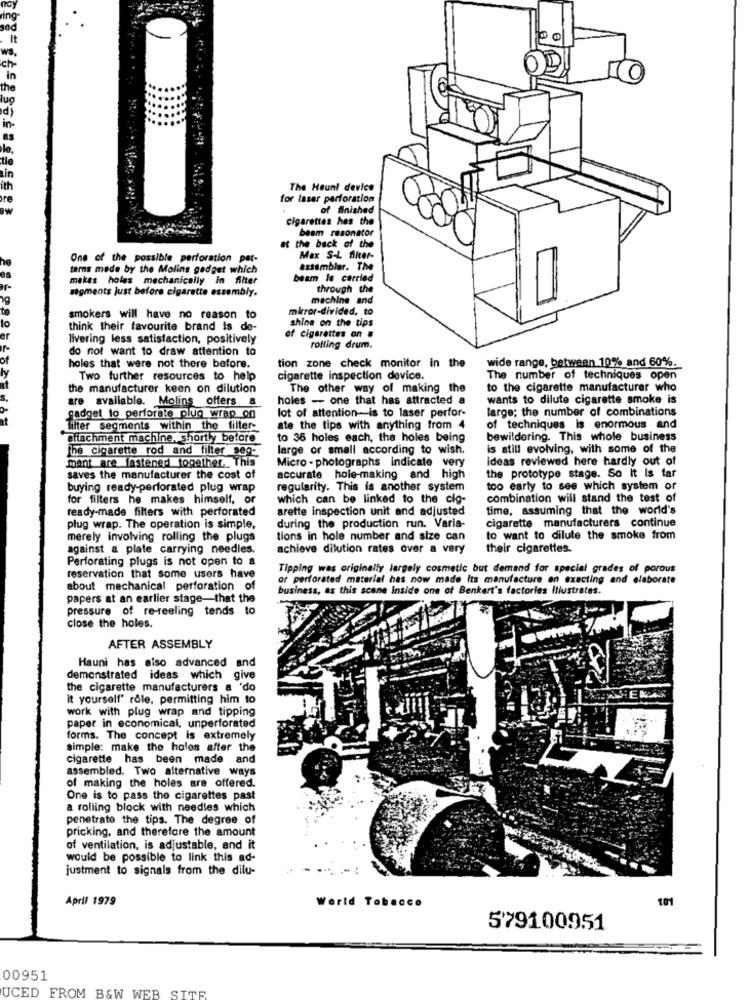
ring
It
ich
in
the
The Haunt device
for laser perforation
of finished
cigarettes hes the
beam resonator
t the back of the
One of the possible perforation par-
Max S-L filter-
tarns made by the Molins gadget which
assembler. The
makes holes mechanically in filter
beam is carried
segments just before cigarette essembly.
through the
machine and
mirror-divided, to
smokers will have no reason to
shine on the tips
think their favourite brand is de-
of cigarettes on .
livering less satisfaction, positively
do not want to draw attention to
rotting drum.
holes that were not there before.
tion zone check monitor in the
wide range, between 10% and 60%.
Two further resources to help
cigarette inspection device.
The number of techniques open
the manufacturer keen on dilution
The other way of making the
to the cigarette manufacturer who
holes - one that has attracted a
wants to dilute cigarette smoke is
are available. Molins offers a
large; the number of combinations
gadget to _perforate plug wrap on
lot of attention-is to laser perfor-
Tilter segments within the filter-
ate the tips with anything from 4
of techniques Is enormous and
attachment machine, shortly before
to 36 holes each, the holes being
bewildering. This whole business
The cigarette rod and filter seg-
large or small according to wish.
is still evolving, with some of the
mant are fastened together .. This
Micro - photographs indicate very
ideas reviewed here hardly out of
saves the manufacturer the cost of
accurate hole-making and high
the prototype stage. So It Is far
buying ready-perforated plug wrap
regularity. This is another system
too early to see which system or
for filters he makes himself, or
which can be linked to the cig-
combination will stand the test of
ready-made filters with perforated
arette inspection unit and adjusted
time, assuming that the world's
cigarette manufacturers continue
plug wrap. The operation is simple,
during the production run. Varia-
merely involving rolling the plugs
tions in hole number and size can
to want to dilute the smoke from
against a plate carrying needles.
achieve dilution rates over a very
their cigarettes.
Perforating plugs is not open to a
Tipping was originally largely cosmetic but demand for special grades of porous
reservation that some users have
or perforated material has now made Its manufacture en exacting and elaborate
about mechanical perforation of
business, as this scene inside one of Benkert's factories Illustrates.
papers at an earlier stage-that the
pressure of re-reeling tends to
close the holes.
AFTER ASSEMBLY
Hauni has also advanced and
demonstrated ideas which give
the cigarette manufacturers a 'do
it yourself' rôle, permitting him to
work with plug wrap and tipping
paper in economical, unperforated
forms. The concept is extremely
simple: make the holes after the
cigarette has been made and
assembled. Two alternative ways
of making the holes are offered.
One is to pass the cigarettes past
a rolling block with needles which
penetrate the tips. The degree of
pricking, and therefore the amount
of ventilation, is adjustable, and it
would be possible to link this ad-
justment to signals from the dilu-
April 1979
World Tobacco
101
579100951
00951
UCED FROM B&W WEB SITE